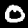
Label: 0